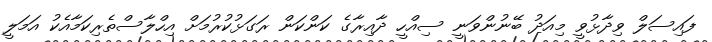
ފައިސަލް ވިދާޅުވީ މިއަދު ބޭނުންވަނީ ސިއްހީ ދާއިރާގެ ކަންކަން ރަގަޅުކުރުމަށް އިހްލާސްތެރިކަމާއެކު އަމަލީ